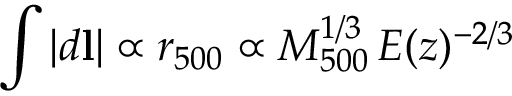
\int | d \mathbf { l } | \propto r _ { 5 0 0 } \propto M _ { 5 0 0 } ^ { 1 / 3 } \, E ( z ) ^ { - 2 / 3 }